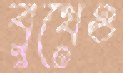
বুথেও